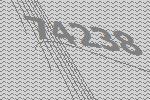
74238